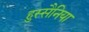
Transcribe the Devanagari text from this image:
हुस्सैनिया